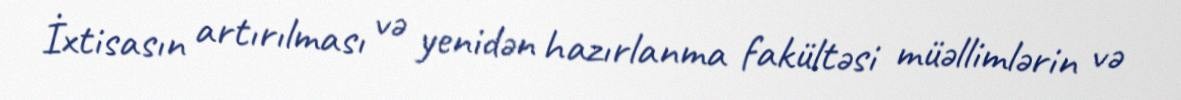
İxtisasın artırılması və yenidən hazırlanma fakültəsi müəllimlərin və